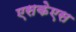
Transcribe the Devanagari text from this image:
एसकेएस